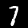
Label: 7